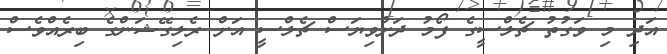
އަދި މި ވަގުުތު ޗެލްސީގެ ފޯމު ދަށްވިޔަސް ޗެލްސީ އަށް ރެލިގޭޝަންގެ ބިރެއްވެސް